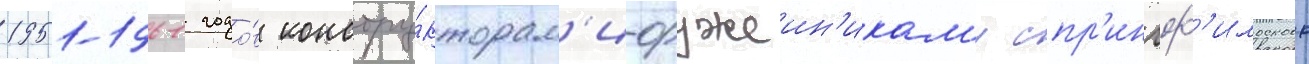
1951-1961 годо́в констру́кторам'и-оружеин'икам'и спр'ингф'илдского